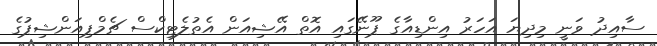
ސާއިދު ވަނީ މިދިޔަ އަހަރު އިންޑިއާގެ ޕޫނޭގައި އޮތް އޭޝިއަން އެތުލެޓިކްސް ޗެމްޕިއަންޝިޕުގެ